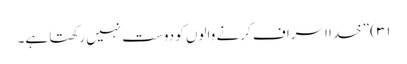
۳۱) ”خدا اسراف کرنے والوں کو دوست نہیں رکھتا ہے۔